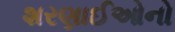
શરણાઈઓનો